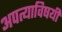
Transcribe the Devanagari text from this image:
अपत्याविषयी